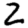
Digit: 2